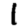
Digit: 1